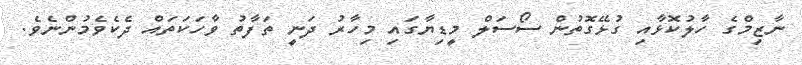
ނާޒިމްގެ ހާލުކޮޅާއި ގުޅޭގޮތުން ސޯސަލް މީޑިޔާގައި މިހާރު ދަނީ ތަފާތު ވާހަކަތައް ދެކެވެމުންނެވެ.